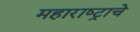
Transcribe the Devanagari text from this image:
महाराष्‍ट्राचे